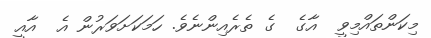
މިކަންތައްމިވީ  އާގެ  ގެ ތެރެއިންނެވެ. ހަމަކަށަވަރުން އެ  އާއީ